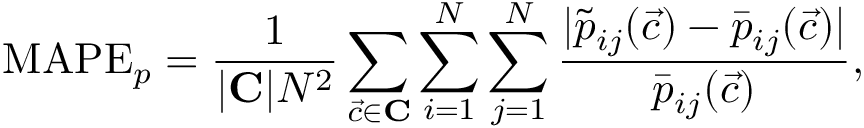
\mathrm { M A P E } _ { p } = \frac { 1 } { | \mathbf { C } | N ^ { 2 } } \sum _ { \vec { c } \in \mathbf { C } } \sum _ { i = 1 } ^ { N } \sum _ { j = 1 } ^ { N } \frac { | \tilde { p } _ { i j } ( \vec { c } ) - \bar { p } _ { i j } ( \vec { c } ) | } { \bar { p } _ { i j } ( \vec { c } ) } ,